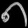
Digit: ၈